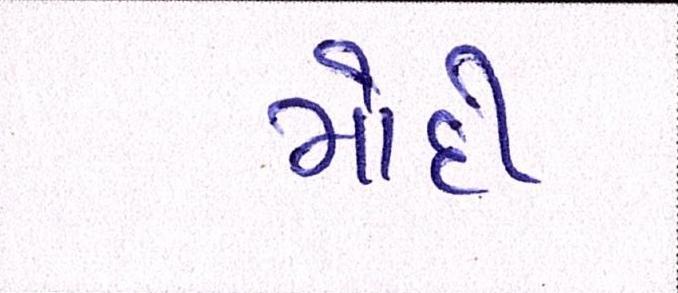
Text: મોદી